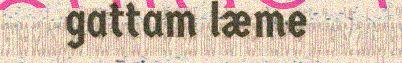
gattam læme